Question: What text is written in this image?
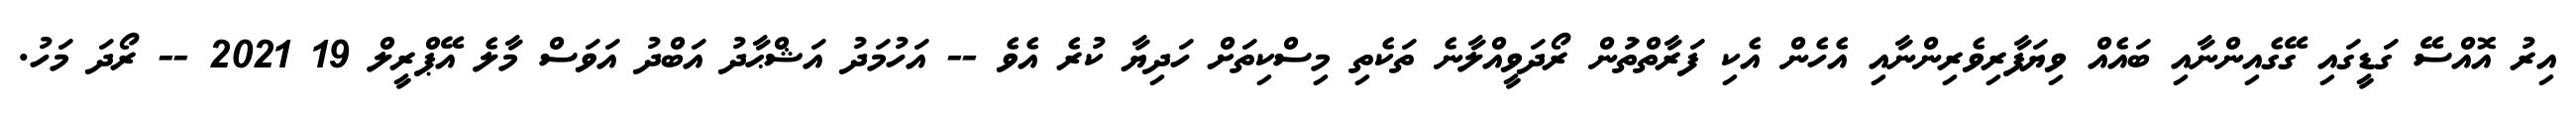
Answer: އިރު އޮއްސޭ ގަޑީގައި ގޭގެއިންނާއި ބައެއް ވިޔަފާރިވެރިންނާއި އެހެން އެކި ފަރާތްތަުން ރޯދަވީއްލާނެ ތަކެތި މިސްކިތަށް ހަދިޔާ ކުރެ އެވެ -- އަހުމަދު އަޝްޙާދު އަބްދު އަވަސް މާލެ އޭޕްރީލް 19 2021 -- ރޯދަ މަހު.